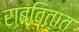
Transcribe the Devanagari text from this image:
राबवितात